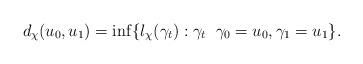
LaTeX: \begin{align*}d_{\chi}(u_0, u_1)=\inf\{l_\chi(\gamma_t): \gamma_t\;\; \gamma_0=u_0, \gamma_1=u_1\}. \end{align*}